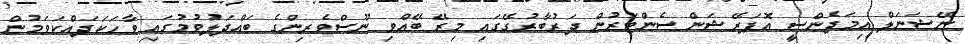
ނޭޝަނަލް އިމަޖެންސީ އޮޕަރޭޝަން ސެންޓަރުން ދަރުބާރުގޭގައި މިރޭ ބޭއްވި ނޫސްވެރިންގެ ބައްދަލުވުމުގައި ވާހަކަދައްކަވަމުން